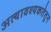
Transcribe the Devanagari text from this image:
अत्यावश्यकतेतून